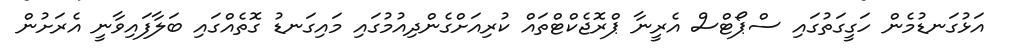
އަޅުގަނޑުމެން ހަގީގަތުގައި ސްޕޯޓްސް އެރީނާ ޕްރޮޖެކްޓްތައް ކުރިއަށްގެންދިއުމުގައި މައިގަނޑު ގޮތެއްގައި ބަލާފައިވާނީ އެރަށުން